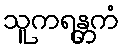
သူကရန္တကံ